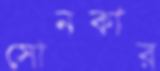
সোনকার